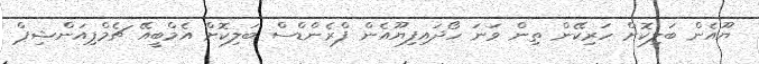
ޔޫއެން ބަލިކޮށް ހަރިކޭން ތިން ވަނަ ހޯދައިފިޔޫއެން ފްރެންޑްސް ބަލިކޮށް އެމްބީއޭ ޗެމްޕިއަންޝިޕް